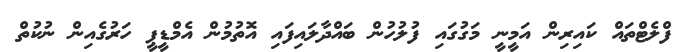
ފްލެޓްތައް ކައިރިން އަމީނީ މަގުގައި ފުލުހުން ބައްދާލައިފައި އޮތުމުން އެމްޑީޕީ ހަރުގެއިން ނުކުތް